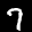
Label: 7